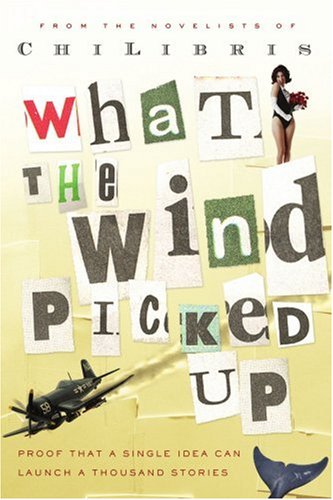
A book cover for What the Wind Picked Up: Proof that a Single Idea Can Launch a Thousand Stories; Chi Libris; Religion & Spirituality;